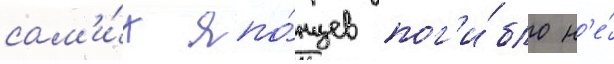
сам'и́х япо́нцев пог'и́бло н'е́